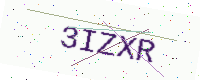
Text: 3IZXR